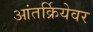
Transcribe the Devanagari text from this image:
आंतर्क्रियेवर